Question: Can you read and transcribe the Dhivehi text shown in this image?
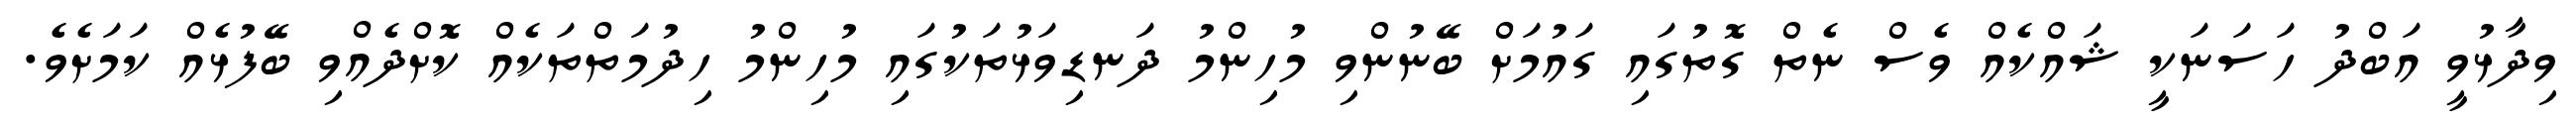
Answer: ވިދާޅުވީ އަބްދު ހަސަނަކީ ޝައްކެއް ވެސް ނެތް ގޮތުގައި ގައުމަށް ބޭނުންވި މުހިންމު ދަނޑިވަޅުތަކުގައި މުހިންމު ހިދުމަތްތަކެއް ކޮށްދެއްވި ބޭފުޅެއް ކަމަށެވެ.